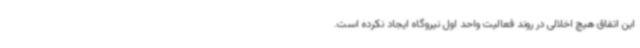
این اتفاق هیچ اخلالی در روند فعالیت واحد اول نیروگاه ایجاد نکرده است.